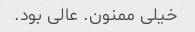
خیلی ممنون. عالی بود.